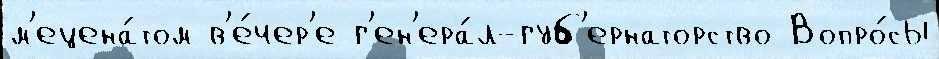
м'ецена́том в'е́чер'е г'ен'ера́л-губ'ернаторство Вопро́сы